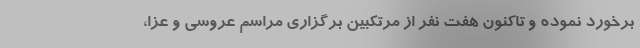
برخورد نموده و تاکنون هفت نفر از مرتکبین برگزاری مراسم‌ عروسی و عزا،